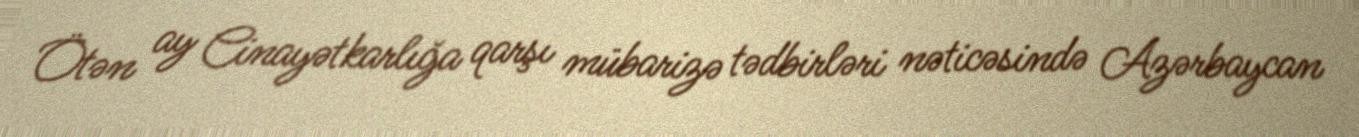
Ötən ay Cinayətkarlığa qarşı mübarizə tədbirləri nəticəsində Azərbaycan